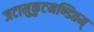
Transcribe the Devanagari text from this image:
जटामुकुटमण्डितम्‌